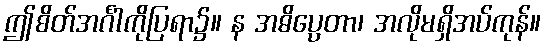
ဤစိတ်အင်္ဂါကိုပြရာ၌။ န အဓိပ္ပေတာ၊ အလိုမရှိအပ်ကုန်။